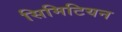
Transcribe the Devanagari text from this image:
सिमिटियन